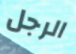
الرجل